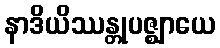
နာဒိယိဿန္တုပဇ္ဈာယေ